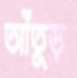
আঁতুড়